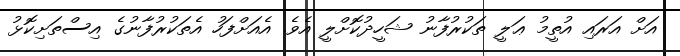
އަށް އަރައި އުތީމު ޢަލީ ތަކުރުފާނު ޝަހީދުކޮށްލީ އެވެ. އެއަށްފަހު އެތަކުރުފާނުގެ އިސްތަށިކޮޅު